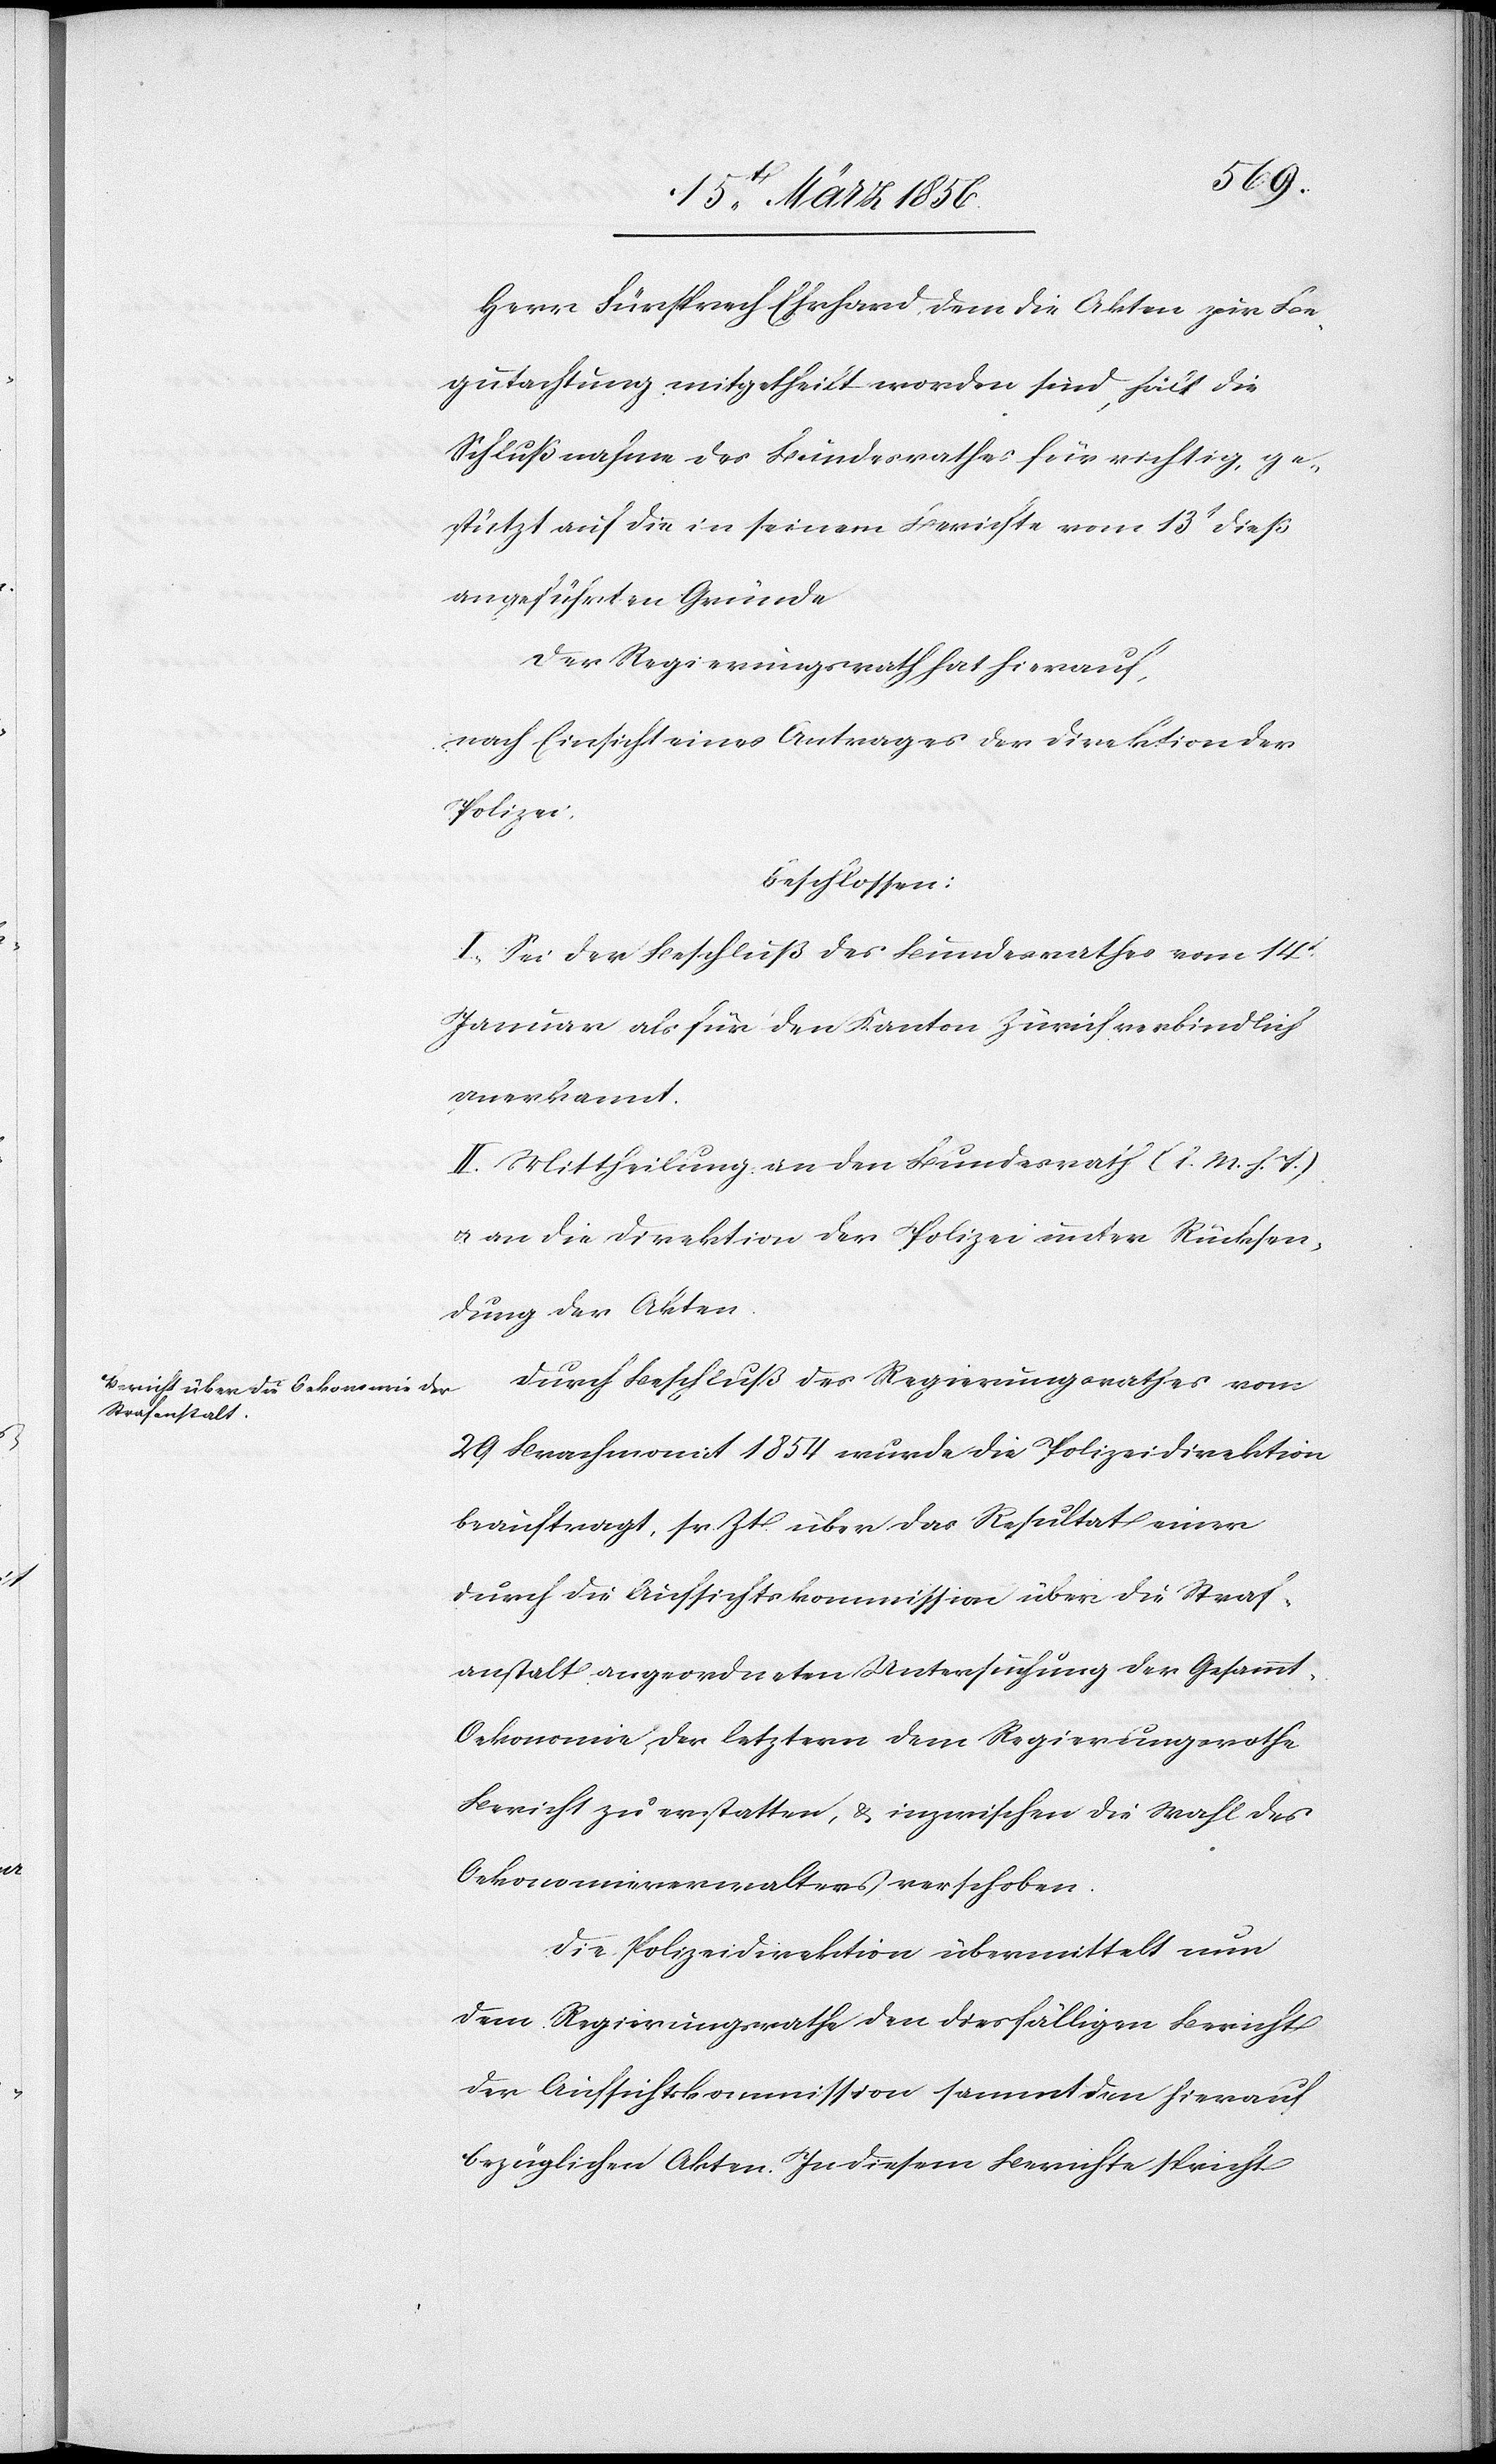
Herr Fürsprech Ehrhard, dem die Akten zur Be¬
gutachtung mitgetheilt worden sind, hält die
Schlußnahme des Bundesrathes für richtig, ge¬
stützt auf die in seinem Berichte vom 13t dieß
angeführten Gründe
Der Regierungsrath hat hierauf,
nach Einsicht eines Antrages der Direktion der
Polizei,
beschlossen:
I., Sei der Beschluß des Bundesrathes vom 14t
Januar als für den Kanton Zürich verbindlich
anerkannt.
II. Mittheilung an den Bundesrath (l. M. h. T.)
u. an die Direktion der Polizei unter Rücksen¬
dung der Akten.
Durch Beschluß des Regierungsrathes vom
29 Brachmonat 1854 wurde die Polizeidirektion
beauftragt, sr. Zt. über das Resultat einer
durch die Aufsichtskommission über die Straf¬
anstalt angeordneten Untersuchung der Gesammt-O¬
ekonomie, der letztern dem Regierungsrathe
Bericht zu erstatten, & inzwischen die Wahl des
Oekonomieverwalters verschoben.
Die Polizeidirektion übermittelt nun
dem Regierungsrathe den diesfälligen Bericht
der Aufsichtskommission sammt den hierauf
bezüglichen Akten. In diesem Berichte spricht